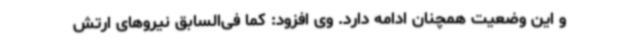
و این وضعیت همچنان ادامه دارد. وی افزود: کما فی‌السابق نیروهای ارتش